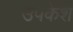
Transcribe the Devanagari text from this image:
उपकेश